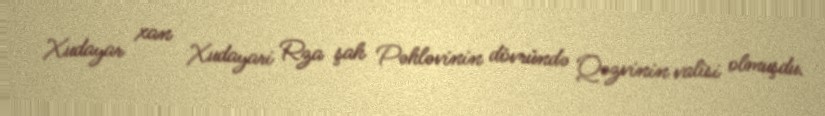
Xudayar xan Xudayari Rza şah Pəhləvinin dövründə Qəzvinin valisi olmuşdu.